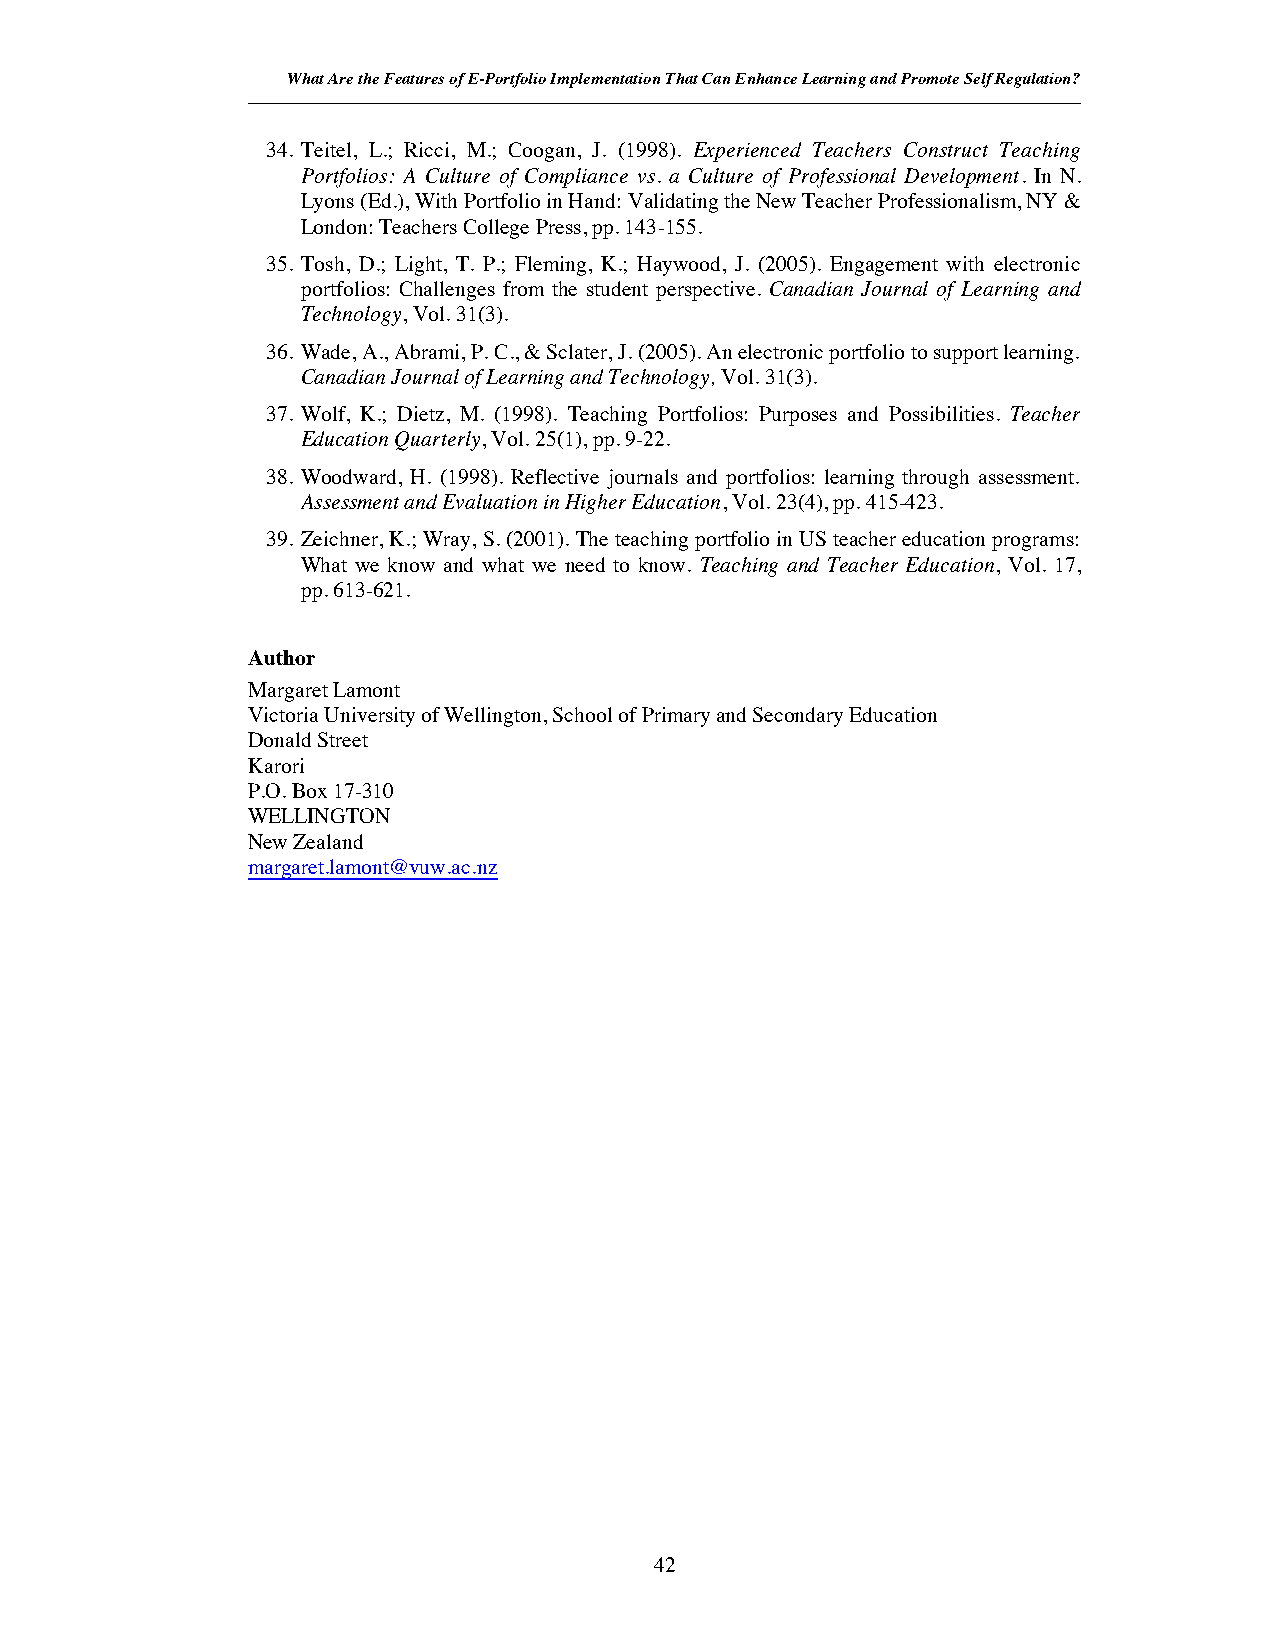
What Are the Features of E-Portfolio Implementation That Can Enhance Learning and Promote Self Regulation?
 34. Teitel, L.; Ricci, M.; Coogan, J. (1998). Experienced Teachers Construct Teaching
 Portfolios: A Culture of Compliance vs. a Culture of Professional Development. In N.
 Lyons (Ed.), With Portfolio in Hand: Validating the New Teacher Professionalism, NY &
 London: Teachers College Press, pp. 143-155.
 35. Tosh, D.; Light, T. P.; Fleming, K.; Haywood, J. (2005). Engagement with electronic
 portfolios: Challenges from the student perspective. Canadian Journal of Learning and
 Technology,Vol.31(3).
 36. Wade, A., Abrami, P. C., & Sclater, J. (2005). An electronic portfolio to support learning.
 Canadian Journal of Learning and Technology, Vol. 31(3).
 37. Wolf, K.; Dietz, M. (1998). Teaching Portfolios: Purposes and Possibilities. Teacher
 Education Quarterly, Vol. 25(1), pp. 9-22.
 38. Woodward, H. (1998). Reflective journals and portfolios: learning through assessment.
 Assessment and Evaluation in Higher Education, Vol. 23(4), pp. 415-423.
 39. Zeichner, K.; Wray, S. (2001). The teaching portfolio in US teacher education programs:
 What we know and what we need to know. Teaching and Teacher Education, Vol. 17,
 pp. 613-621.
 Author
 Margaret Lamont
 Victoria University of Wellington, School of Primary and Secondary Education
 Donald Street
 Karori
 P.O. Box 17-310
 WELLINGTON
 New Zealand
 margaret.lamont@vuw.ac.nz
 42